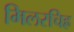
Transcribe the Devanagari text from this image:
मिलरचिह्र